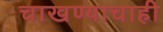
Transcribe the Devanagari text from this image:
चाखण्याचाही